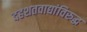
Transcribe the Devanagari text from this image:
दहशतवाद्यांविरुद्ध